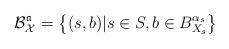
LaTeX: \begin{align*}\mathcal B_{\mathcal X}^{\mathfrak a} = \left \{(s, b) | s \in S, b \in B_{X_s}^{\alpha_s}\right \}\end{align*}